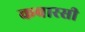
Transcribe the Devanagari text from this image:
कवारसी